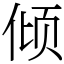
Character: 倾